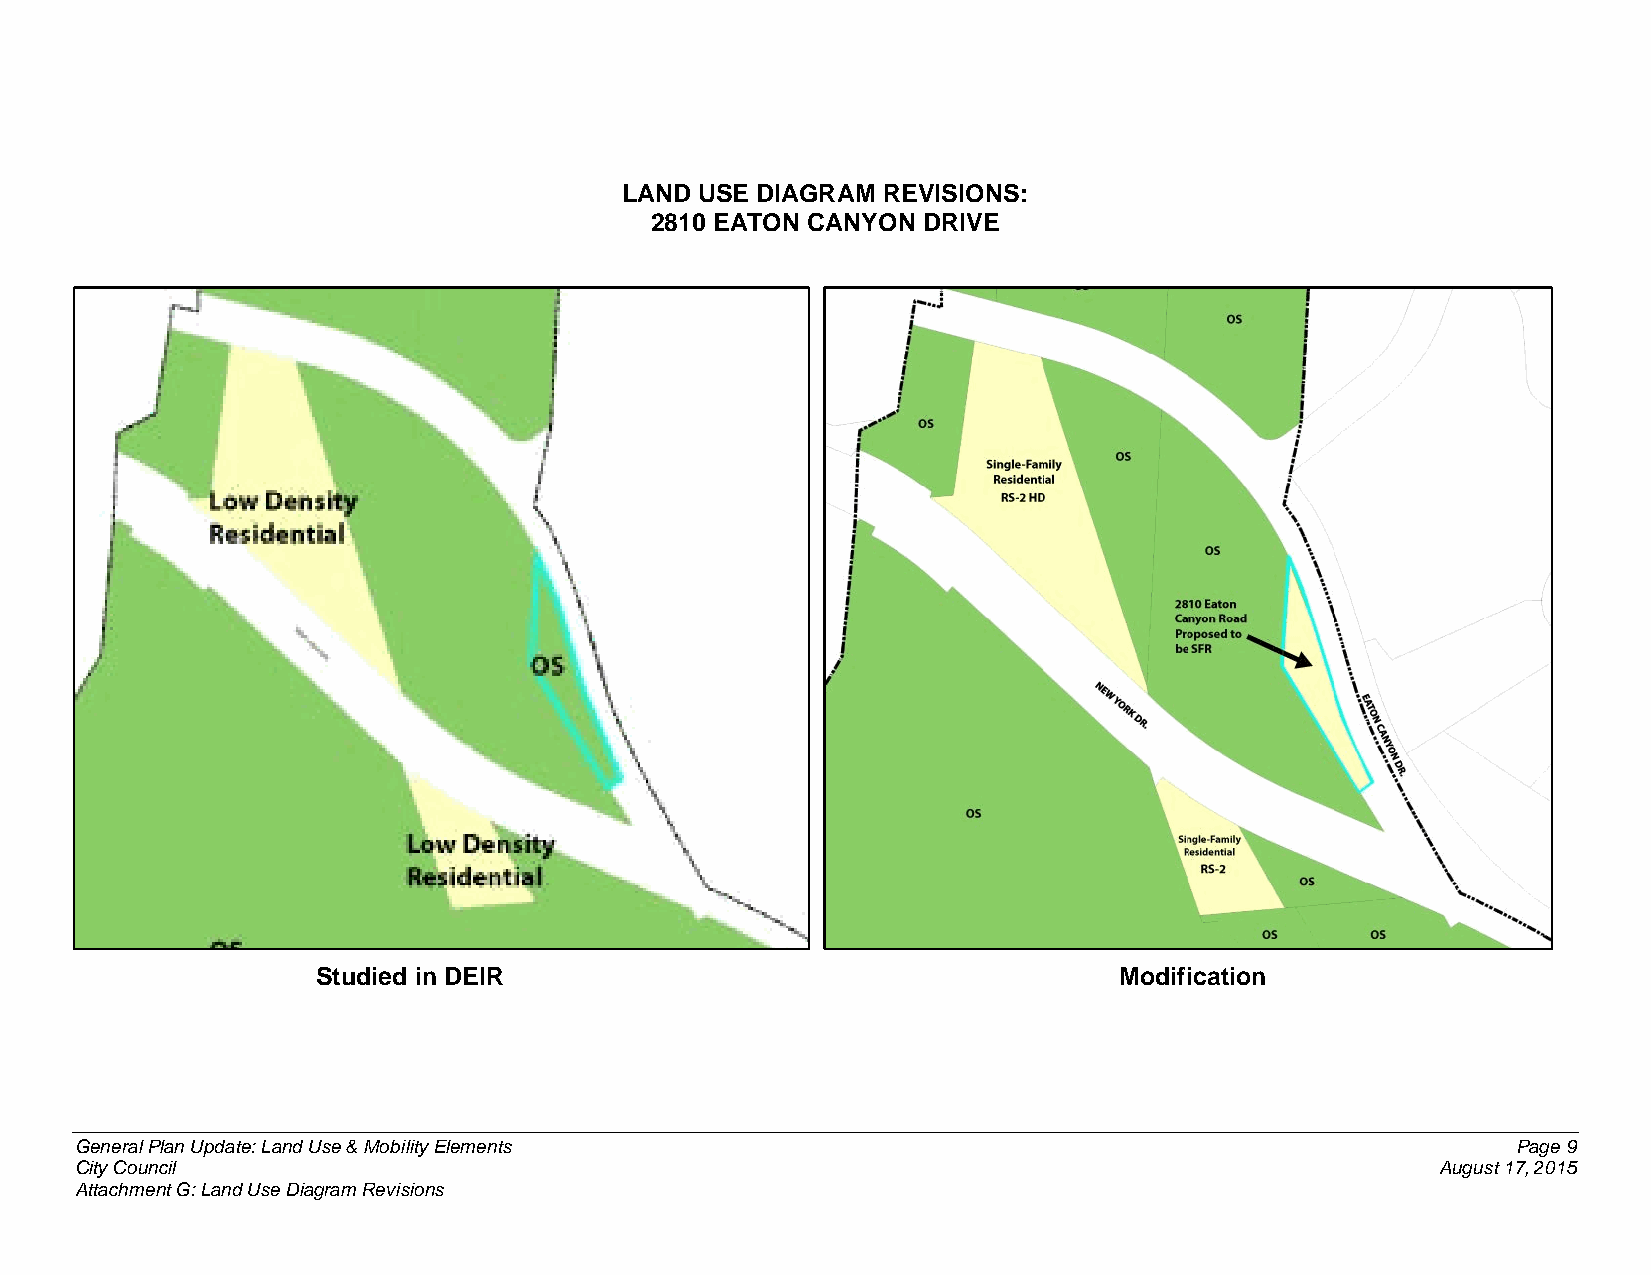
LAND USE DIAGRAM REVISIONS:
 2810 EATON CANYON DRIVE
 Studied in DEIR                                      Modification
 General Plan Update: Land Use & Mobility Elements                                              Page 9
 City Council                                                                              August 17, 2015
 Attachment G: Land Use Diagram Revisions